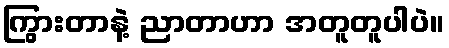
ကြွားတာနဲ့ ညာတာဟာ အတူတူပါပဲ။